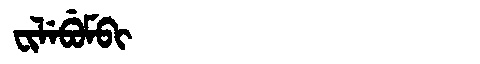
Manchu: ᠸᡳᠯᡝᠪᡠᠮᠪᡳ
Romanization: FILEBUMBI